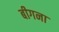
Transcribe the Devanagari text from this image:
बीगना